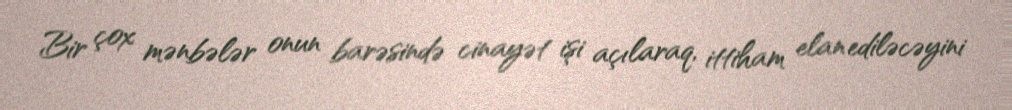
Bir çox mənbələr onun barəsində cinayət işi açılaraq, ittiham elan ediləcəyini